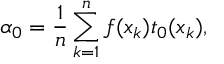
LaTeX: \alpha _ { 0 } = \frac { 1 } { n } \sum _ { k = 1 } ^ { n } f ( x _ { k } ) t _ { 0 } ( x _ { k } ) ,